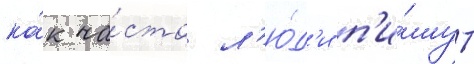
ка́к ча́сто л'ю́д'и п'и́шут